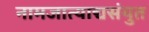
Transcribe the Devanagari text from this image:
नामजात्याद्यसंयुत